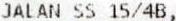
JALAN SS 15/4B,